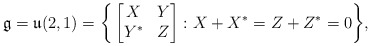
\begin{align*}\frak{g}=\frak{u}(2,1)=\bigg\{\begin{bmatrix} X & Y\\ Y^* & Z \end{bmatrix}: X+X^*= Z+Z^*=0\bigg\},\end{align*}